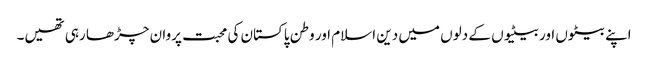
اپنے بیٹوں اور بیٹیوں کے دلوں میں دین اسلام اور وطن پاکستان کی محبت پروان چڑھا رہی تھیں۔